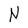
Character: N